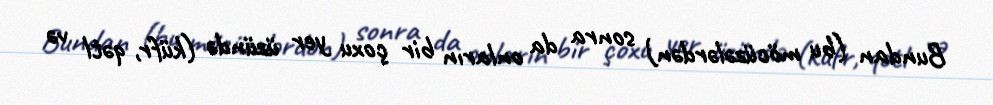
Bundan (bu möcüzələrdən) sonra da onların bir çoxu yer üzündə (küfr, qətl və